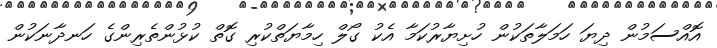
އޮއްސަމުން ދިޔަ ހަމަލާތަކުން ހުށިޔާރުކަމާ އެކު ގޯލް ހިމާޔަތްކުރި ގޮތް ކުޅުންތެރިންގެ ހަނދާނަކުން